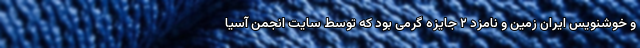
و خوشنویس ایران زمین و نامزد ۲ جایزه گرمی بود که توسط سایت انجمن آسیا